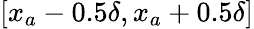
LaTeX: \left[x_{a}-0.5\delta,x_{a}+0.5\delta\right]